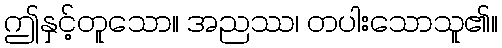
ဤနှင့်တူသော။ အညဿ၊ တပါးသောသူ၏။